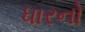
ધારનો